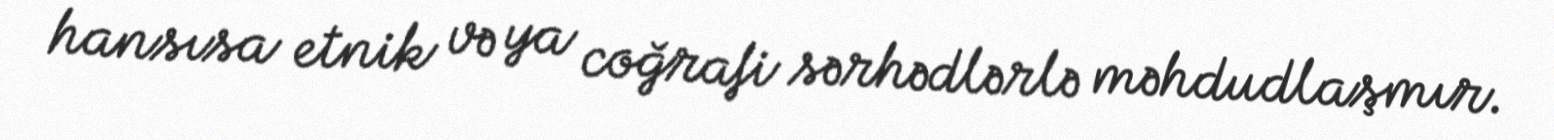
hansısa etnik və ya coğrafi sərhədlərlə məhdudlaşmır.